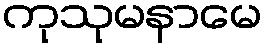
ကုသုမနာမေ